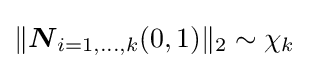
\|{\boldsymbol {N}}_{i=1,\ldots ,k}{(0,1)}\|_{2}\sim \chi _{k}